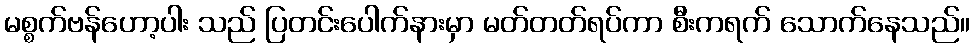
မစ္စက်ဗန်ဟော့ပါး သည် ပြတင်းပေါက်နားမှာ မတ်တတ်ရပ်ကာ စီးကရက် သောက်နေသည်။